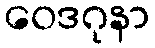
ဝေဒဂုနာ